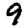
Digit: 9